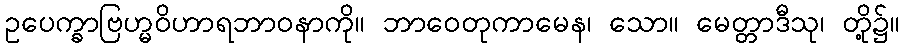
ဥပေက္ခာဗြဟ္မဝိဟာရဘာဝနာကို။ ဘာဝေတုကာမေန၊ သော။ မေတ္တာဒီသု၊ တို့၌။